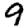
Digit: 9